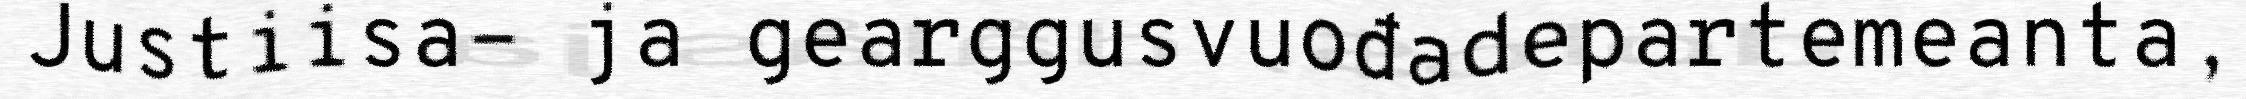
Justiisa- ja gearggusvuođadepartemeanta,